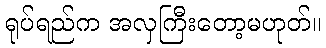
ရုပ်ရည်က အလှကြီးတော့မဟုတ်။